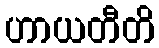
ဟာယတီတိ